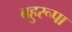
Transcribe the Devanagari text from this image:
बहुरूपा